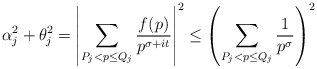
\begin{align*}\alpha_j^2 + \theta_j^2 = \left|\sum_{P_j < p \leq Q_j} \frac{f(p)}{p^{\sigma+it}}\right|^2 \leq \left(\sum_{P_j < p \leq Q_j} \frac{1}{p^\sigma}\right)^2\end{align*}